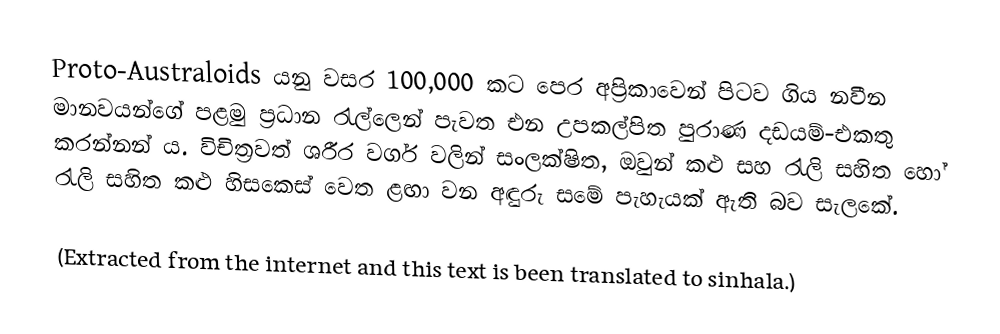
Proto-Australoids යනු වසර 100,000 කට පෙර අප්‍රිකාවෙන් පිටව ගිය නවීන මානවයන්ගේ පළමු ප්‍රධාන රැල්ලෙන් පැවත එන උපකල්පිත පුරාණ දඩයම්-එකතු කරන්නන් ය. විචිත්‍රවත් ශරීර වර්ග වලින් සංලක්ෂිත, ඔවුන් කළු සහ රැලි සහිත හෝ රැලි සහිත කළු හිසකෙස් වෙත ළඟා වන අඳුරු සමේ පැහැයක් ඇති බව සැලකේ.

(Extracted from the internet and this text is been translated to sinhala.)